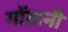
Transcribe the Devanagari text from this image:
गोंडानी